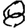
Digit: 8